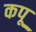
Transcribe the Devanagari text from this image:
कपू